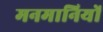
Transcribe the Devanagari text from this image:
मनमानियों